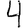
Digit: 4